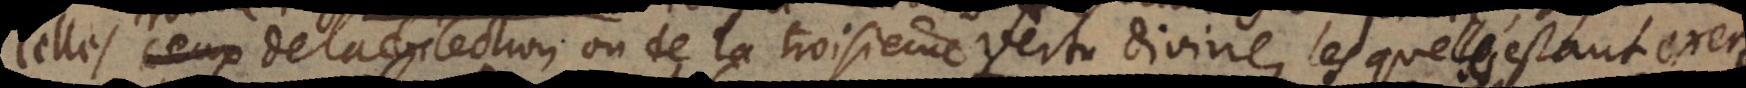
celles de la dilection ou de la troisième vertu Divine, lesquelles estant